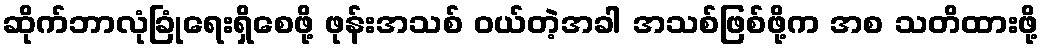
ဆိုက်ဘာလုံခြုံရေးရှိစေဖို့ ဖုန်းအသစ် ဝယ်တဲ့အခါ အသစ်ဖြစ်ဖို့က အစ သတိထားဖို့